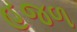
હજળ